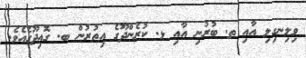
ވިލިނގިލި އާއި ތ. ބުރުނި އާއި ޅ. ކުރެންދޫގެ އިތުރުން ބ. ގޮއިދޫގެއެވެ.